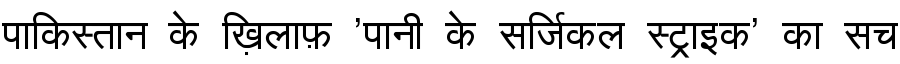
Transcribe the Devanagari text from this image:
पाकिस्तान के ख़िलाफ़ 'पानी के सर्जिकल स्ट्राइक' का सच